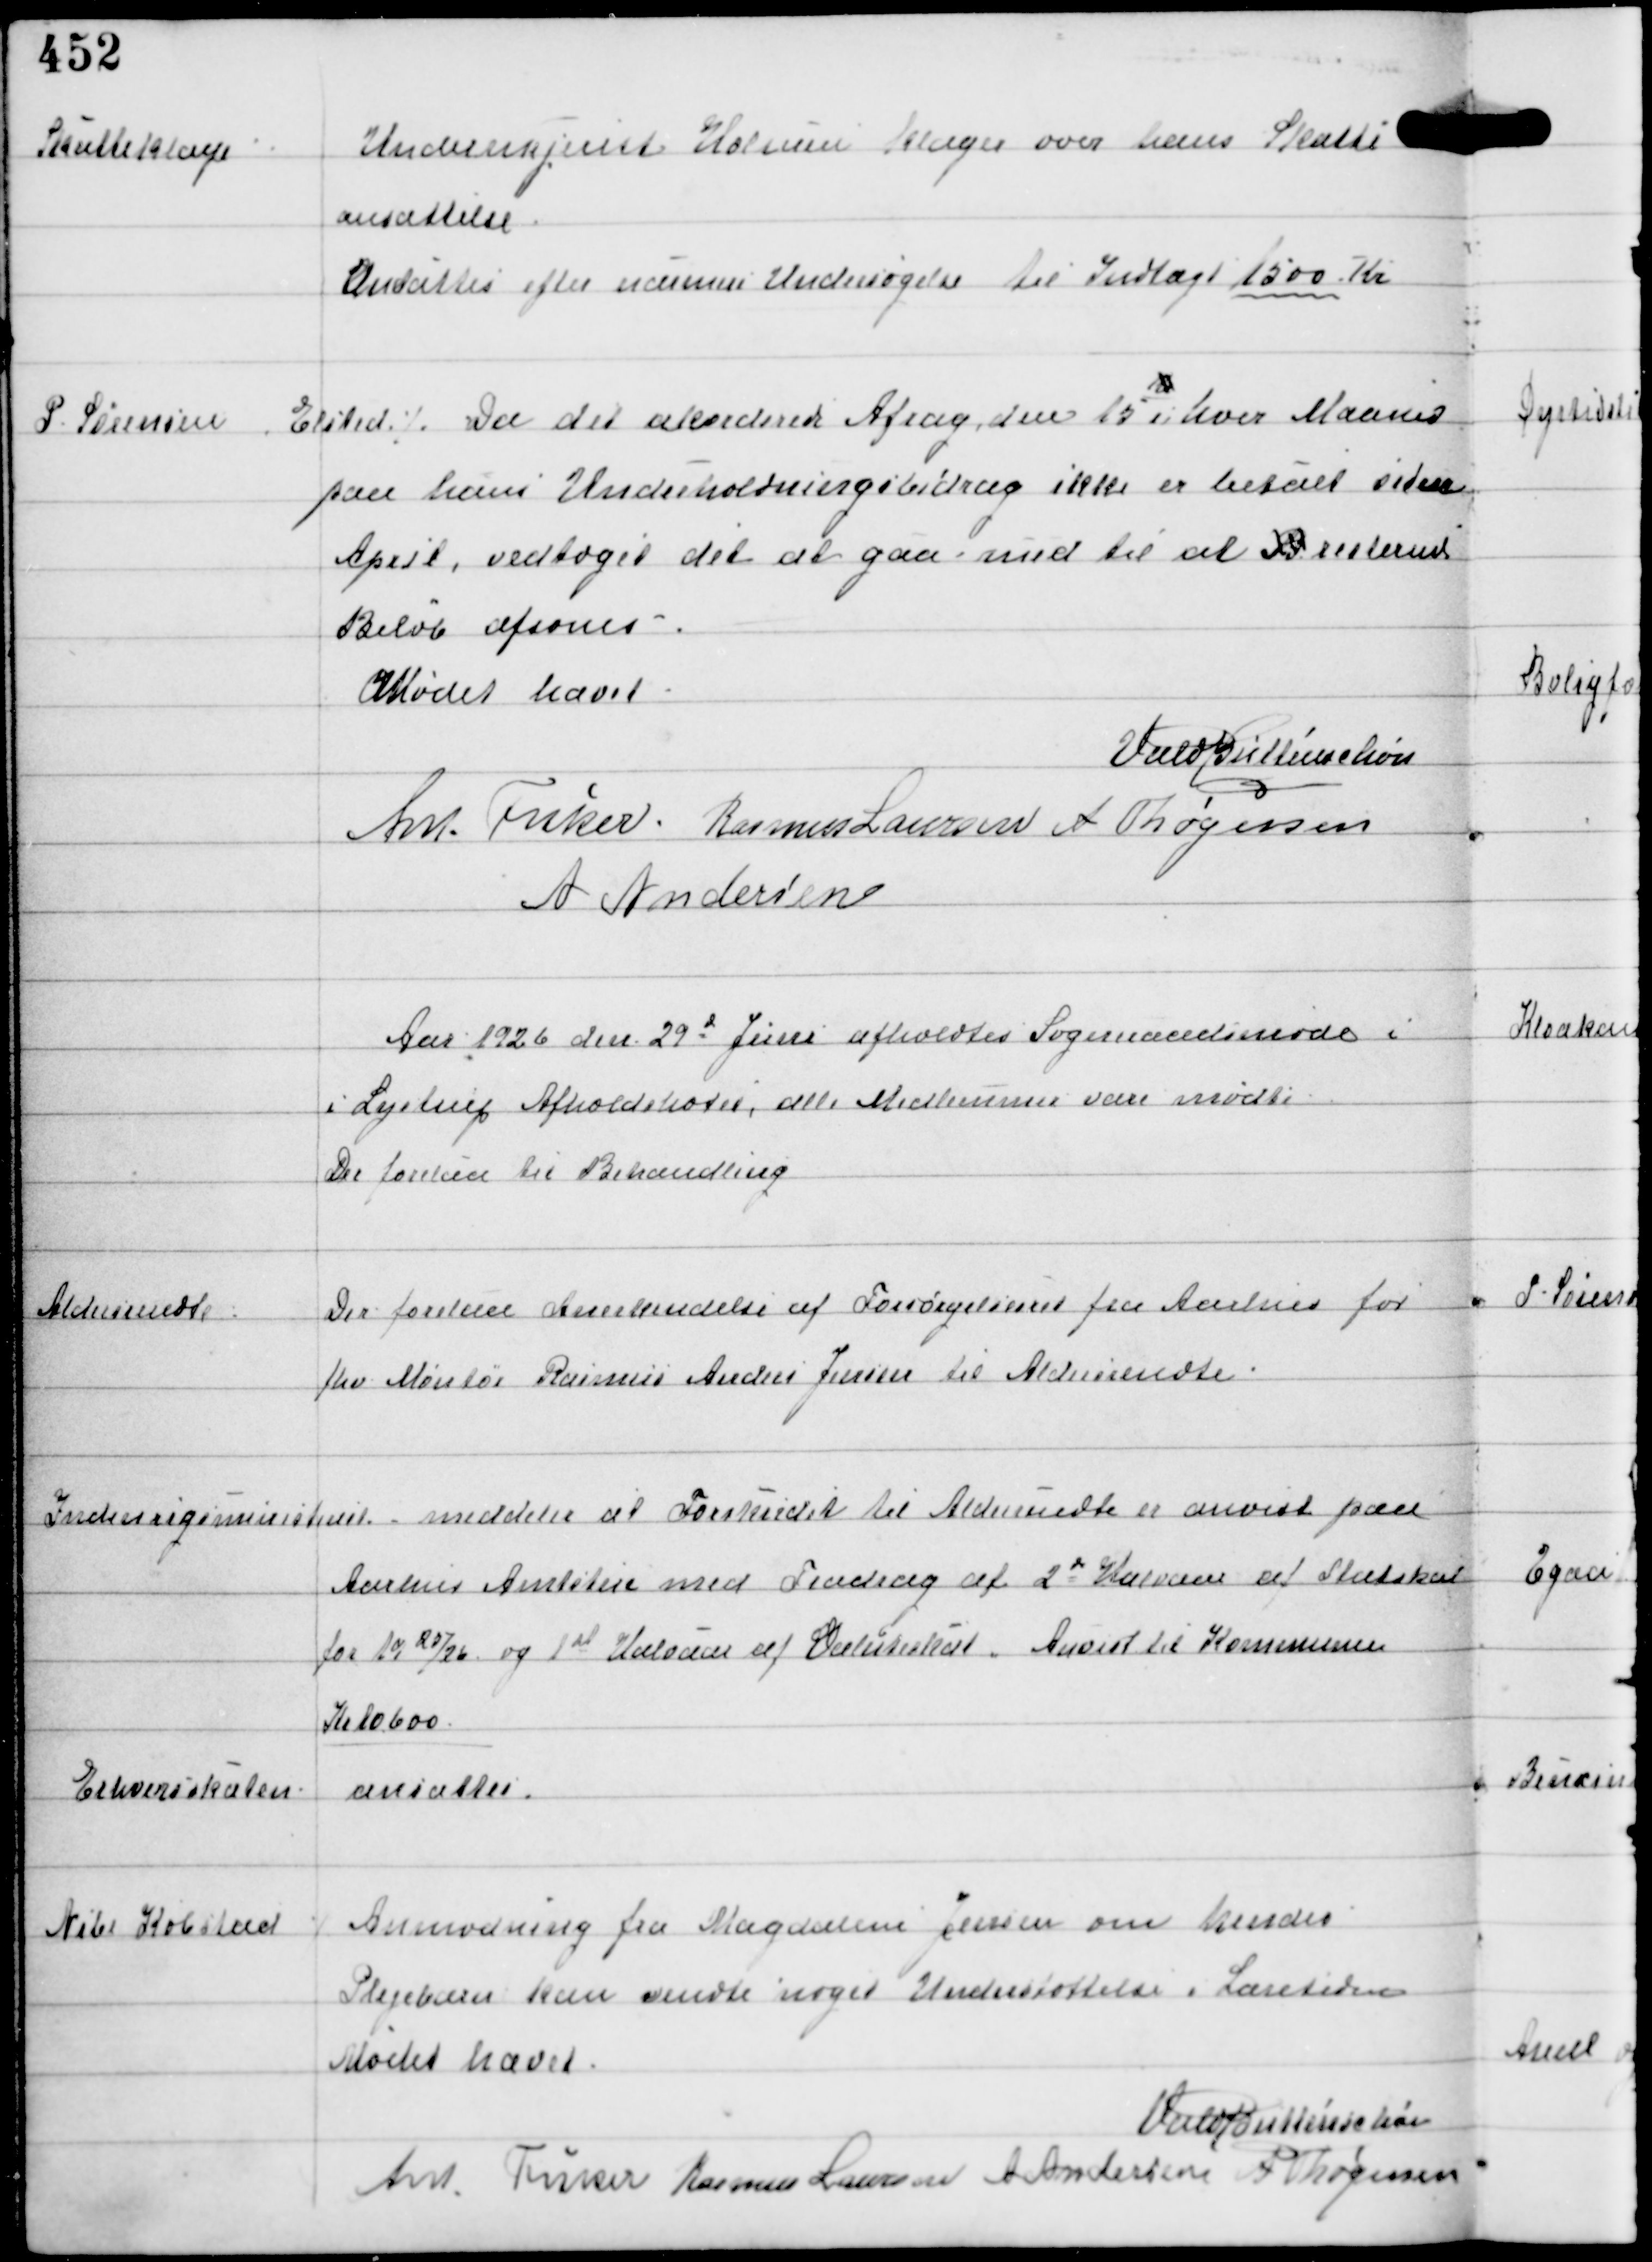
Transskription:
Skatteklage

Undermejerist Holmen klager over hans Skatte
ansættelse
Ansattes efter nærmere Undersøgelse til Indtægt 1500 Kr

P. Sørensen Elsted ⁒
Da det akorderede Afdrag den 15
16
i hver Maaned
paa hans Underholdningsbidrag ikke er betalt siden
April, vedtoges det at gaa med til at B resterende
Beløb afsones.

Mødet hævet
Vald Buttenschøn
Ant Fisker Rasmus Laursen A Thøgersen
A Andersen

Aar 1926 den 29d Juni afholdtes Sogneraadsmøde i
i Lystrup Afholdshotel, alle Medlemmer vare mødte
Der forelaa til Behandling

Aldersrendte

Der forelaa Anerkendelse af Forsørgelsesret fra Aarhus for
fhv Montør Rasmus Anders Jensen til Aldersrendte

Indenrigsministeriet
meddeler at Forskudet til Aldersrendte er anvist paa
Aarhus Amtstue med Fradrag af 2d Halvaar af Statsskat
for 1925/26 og 1st Halvaar af Valuteskat. Anvist til Kommunen
Kr 10600

Erhvervsskaten
ansattes.

Nibe Købstad

⁒ Anmodning fra Magdalene Jensen om hendes
Plejebarn kan vendte noget Understøttelse i Læretiden

Mødet hævet
Vald Buttenschøn
Ant Fisker Rasmus Laursen A Andersen A Thøgersen